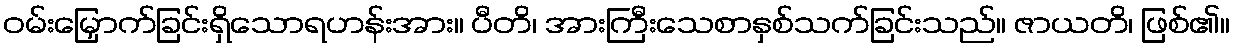
ဝမ်းမြှောက်ခြင်းရှိသောရဟန်းအား။ ပီတိ၊ အားကြီးသေစာနှစ်သက်ခြင်းသည်။ ဇာယတိ၊ ဖြစ်၏။